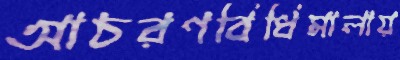
আচরণবিধিমালায়